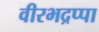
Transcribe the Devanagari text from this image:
वीरभद्रप्पा